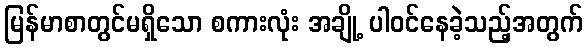
မြန်မာစာတွင်မရှိသော စကားလုံး အချို့ ပါဝင်နေခဲ့သည့်အတွက်